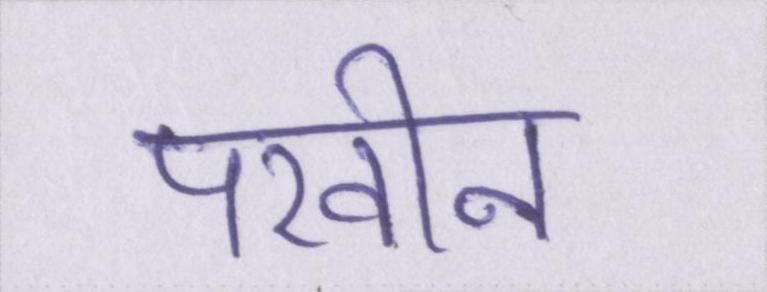
परवीन